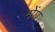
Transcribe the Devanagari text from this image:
मेंघ